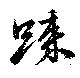
踈